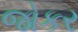
જોકર